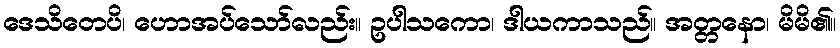
ဒေသိတေပိ၊ ဟောအပ်သော်လည်း။ ဥပါသကော၊ ဒါယကာသည်။ အတ္တနော၊ မိမိ၏။